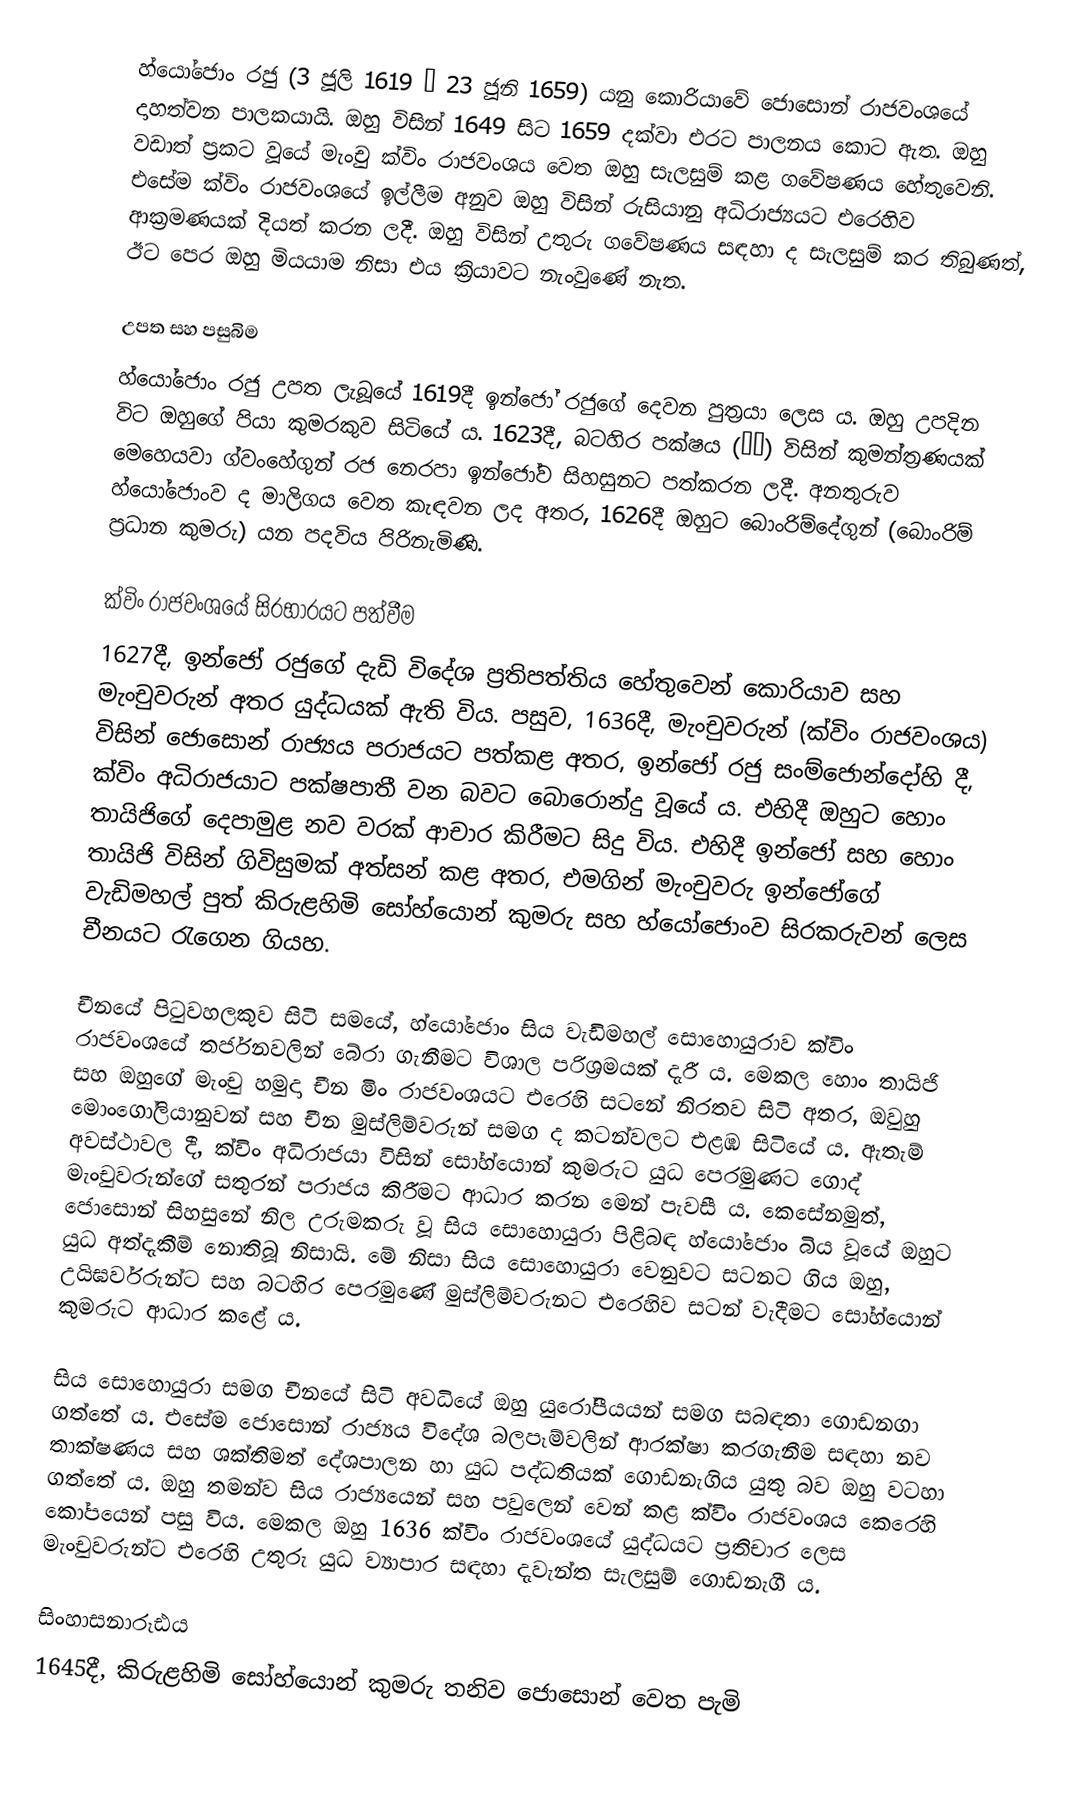
හ්යෝජොං රජු (3 ජූලි 1619 – 23 ජූනි 1659) යනු කොරියාවේ ජොසොන් රාජවංශයේ දාහත්වන පාලකයායි. ඔහු විසින් 1649 සිට 1659 දක්වා එරට පාලනය කොට ඇත. ඔහු වඩාත් ප්‍රකට වූයේ මැංචු ක්විං රාජවංශය වෙත ඔහු සැලසුම් කළ ගවේෂණය හේතුවෙනි. එසේම ක්විං රාජවංශයේ ඉල්ලීම අනුව ඔහු විසින් රුසියානු අධිරාජ්‍යයට එරෙහිව ආක්‍රමණයක් දියත් කරන ලදී. ඔහු විසින් උතුරු ගවේෂණය සඳහා ද සැලසුම් කර තිබුණත්, ඊට පෙර ඔහු මියයාම නිසා එය ක්‍රියාවට නැංවුණේ නැත.

උපත සහ පසුබිම
හ්යෝජොං රජු උපත ලැබූයේ 1619දී ඉන්ජෝ රජුගේ දෙවන පුත්‍රයා ලෙස ය. ඔහු උපදින විට ඔහුගේ පියා කුමරකුව සිටියේ ය. 1623දී, බටහිර පක්ෂය (西人) විසින් කුමන්ත්‍රණයක් මෙහෙයවා ග්වංහේගුන් රජ නෙරපා ඉන්ජෝව සිහසුනට පත්කරන ලදී. අනතුරුව හ්යෝජොංව ද මාලිගය වෙත කැඳවන ලද අතර, 1626දී ඔහුට බොංරිම්දේගුන් (බොංරිම් ප්‍රධාන කුමරු) යන පදවිය පිරිනැමිණි.

ක්විං රාජවංශයේ සිරභාරයට පත්වීම
1627දී, ඉන්ජෝ රජුගේ දැඩි විදේශ ප්‍රතිපත්තිය හේතුවෙන් කොරියාව සහ මැංචුවරුන් අතර යුද්ධයක් ඇති විය. පසුව, 1636දී, මැංචුවරුන් (ක්විං රාජවංශය) විසින් ජොසොන් රාජ්‍යය පරාජයට පත්කළ අතර, ඉන්ජෝ රජු සංම්ජොන්දෝහි දී, ක්විං අධිරාජයාට පක්ෂපාතී වන බවට බොරොන්දු වූයේ ය. එහිදී ඔහුට හොං තායිජිගේ දෙපාමුළ නව වරක් ආචාර කිරීමට සිදු විය. එහිදී ඉන්ජෝ සහ හොං තායිජි විසින් ගිවිසුමක් අත්සන් කළ අතර, එමගින් මැංචුවරු ඉන්ජෝගේ වැඩිමහල් පුත් ‍කිරුළහිමි සෝහ්යොන් කුමරු සහ හ්යෝජොංව සිරකරුවන් ලෙස චීනයට රැගෙන ගියහ.

චීනයේ පිටුවහලකුව සිටි සමයේ, හ්යෝජොං සිය වැඩිමහල් සොහොයුරාව ක්විං රාජවංශයේ තර්ජනවලින් බේරා ගැනීමට විශාල පරිශ්‍රමයක් දැරී ය. මෙකල හොං තායිජි සහ ඔහුගේ මැංචු හමුදා චීන මිං රාජවංශයට එරෙහි සටනේ නිරතව සිටි අතර, ඔවුහු මොංගෝලියානුවන් සහ චීන මුස්ලිම්වරුන් සමග ද කටන්වලට එළඹ සිටියේ ය. ඇතැම් අවස්ථාවල දී, ක්විං අධිරාජයා විසින් සෝහ්යොන් කුමරුට යුධ පෙරමුණට ගොද් මැංචුවරුන්ගේ සතුරන් පරාජය කිරීමට ආධාර කරන මෙන් පැවසී ය. කෙසේනමුත්, ජොසොන් සිහසුනේ නිල උරුමකරු වූ සිය සොහොයුරා පිළිබඳ හ්යෝජොං බිය වූයේ ඔහුට යුධ අත්දැකීම් නොතිබූ නිසායි. මේ නිසා සිය සොහොයුරා වෙනුවට සටනට ගිය ඔහු, උයිඝර්වරුන්ට සහ බටහිර පෙරමුණේ මුස්ලිම්වරුනට එරෙහිව සටන් වැදීමට සෝහ්යොන් කුමරුට ආධාර කළේ ය.

සිය සොහොයුරා සමග චීනයේ සිටි අවධියේ ඔහු යුරෝපීයයන් සමග සබඳතා ගොඩනගා ගත්තේ ය. එසේම ජොසොන් රාජ්‍යය විදේශ බලපෑම්වලින් ආරක්ෂා කරගැනීම සඳහා නව තාක්ෂණය සහ ශක්තිමත් දේශපාලන හා යුධ පද්ධතියක් ගොඩනැගිය යුතු බව ඔහු වටහා ගත්තේ ය. ඔහු තමන්ව සිය රාජ්‍යයෙන් සහ පවුලෙන් වෙන් කළ ක්විං රාජවංශය කෙරෙහි කෝපයෙන් පසු විය. මෙකල ඔහු 1636 ක්විං රාජවංශයේ යුද්ධයට ප්‍රතිචාර ලෙස මැංචුවරුන්ට එරෙහි උතුරු යුධ ව්‍යාපාර සඳහා දැවැන්ත සැලසුම් ගොඩනැගී ය.

සිංහාසනාරූඪය
1645දී, කිරුළහිමි සෝහ්යොන් කුමරු තනිව ජොසොන් වෙත පැමි